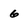
Character: 6